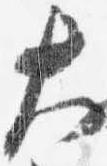
大